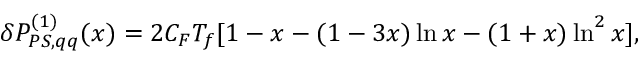
\delta P _ { P S , q q } ^ { ( 1 ) } ( x ) = 2 C _ { F } T _ { f } [ 1 - x - ( 1 - 3 x ) \ln x - ( 1 + x ) \ln ^ { 2 } x ] \/ ,